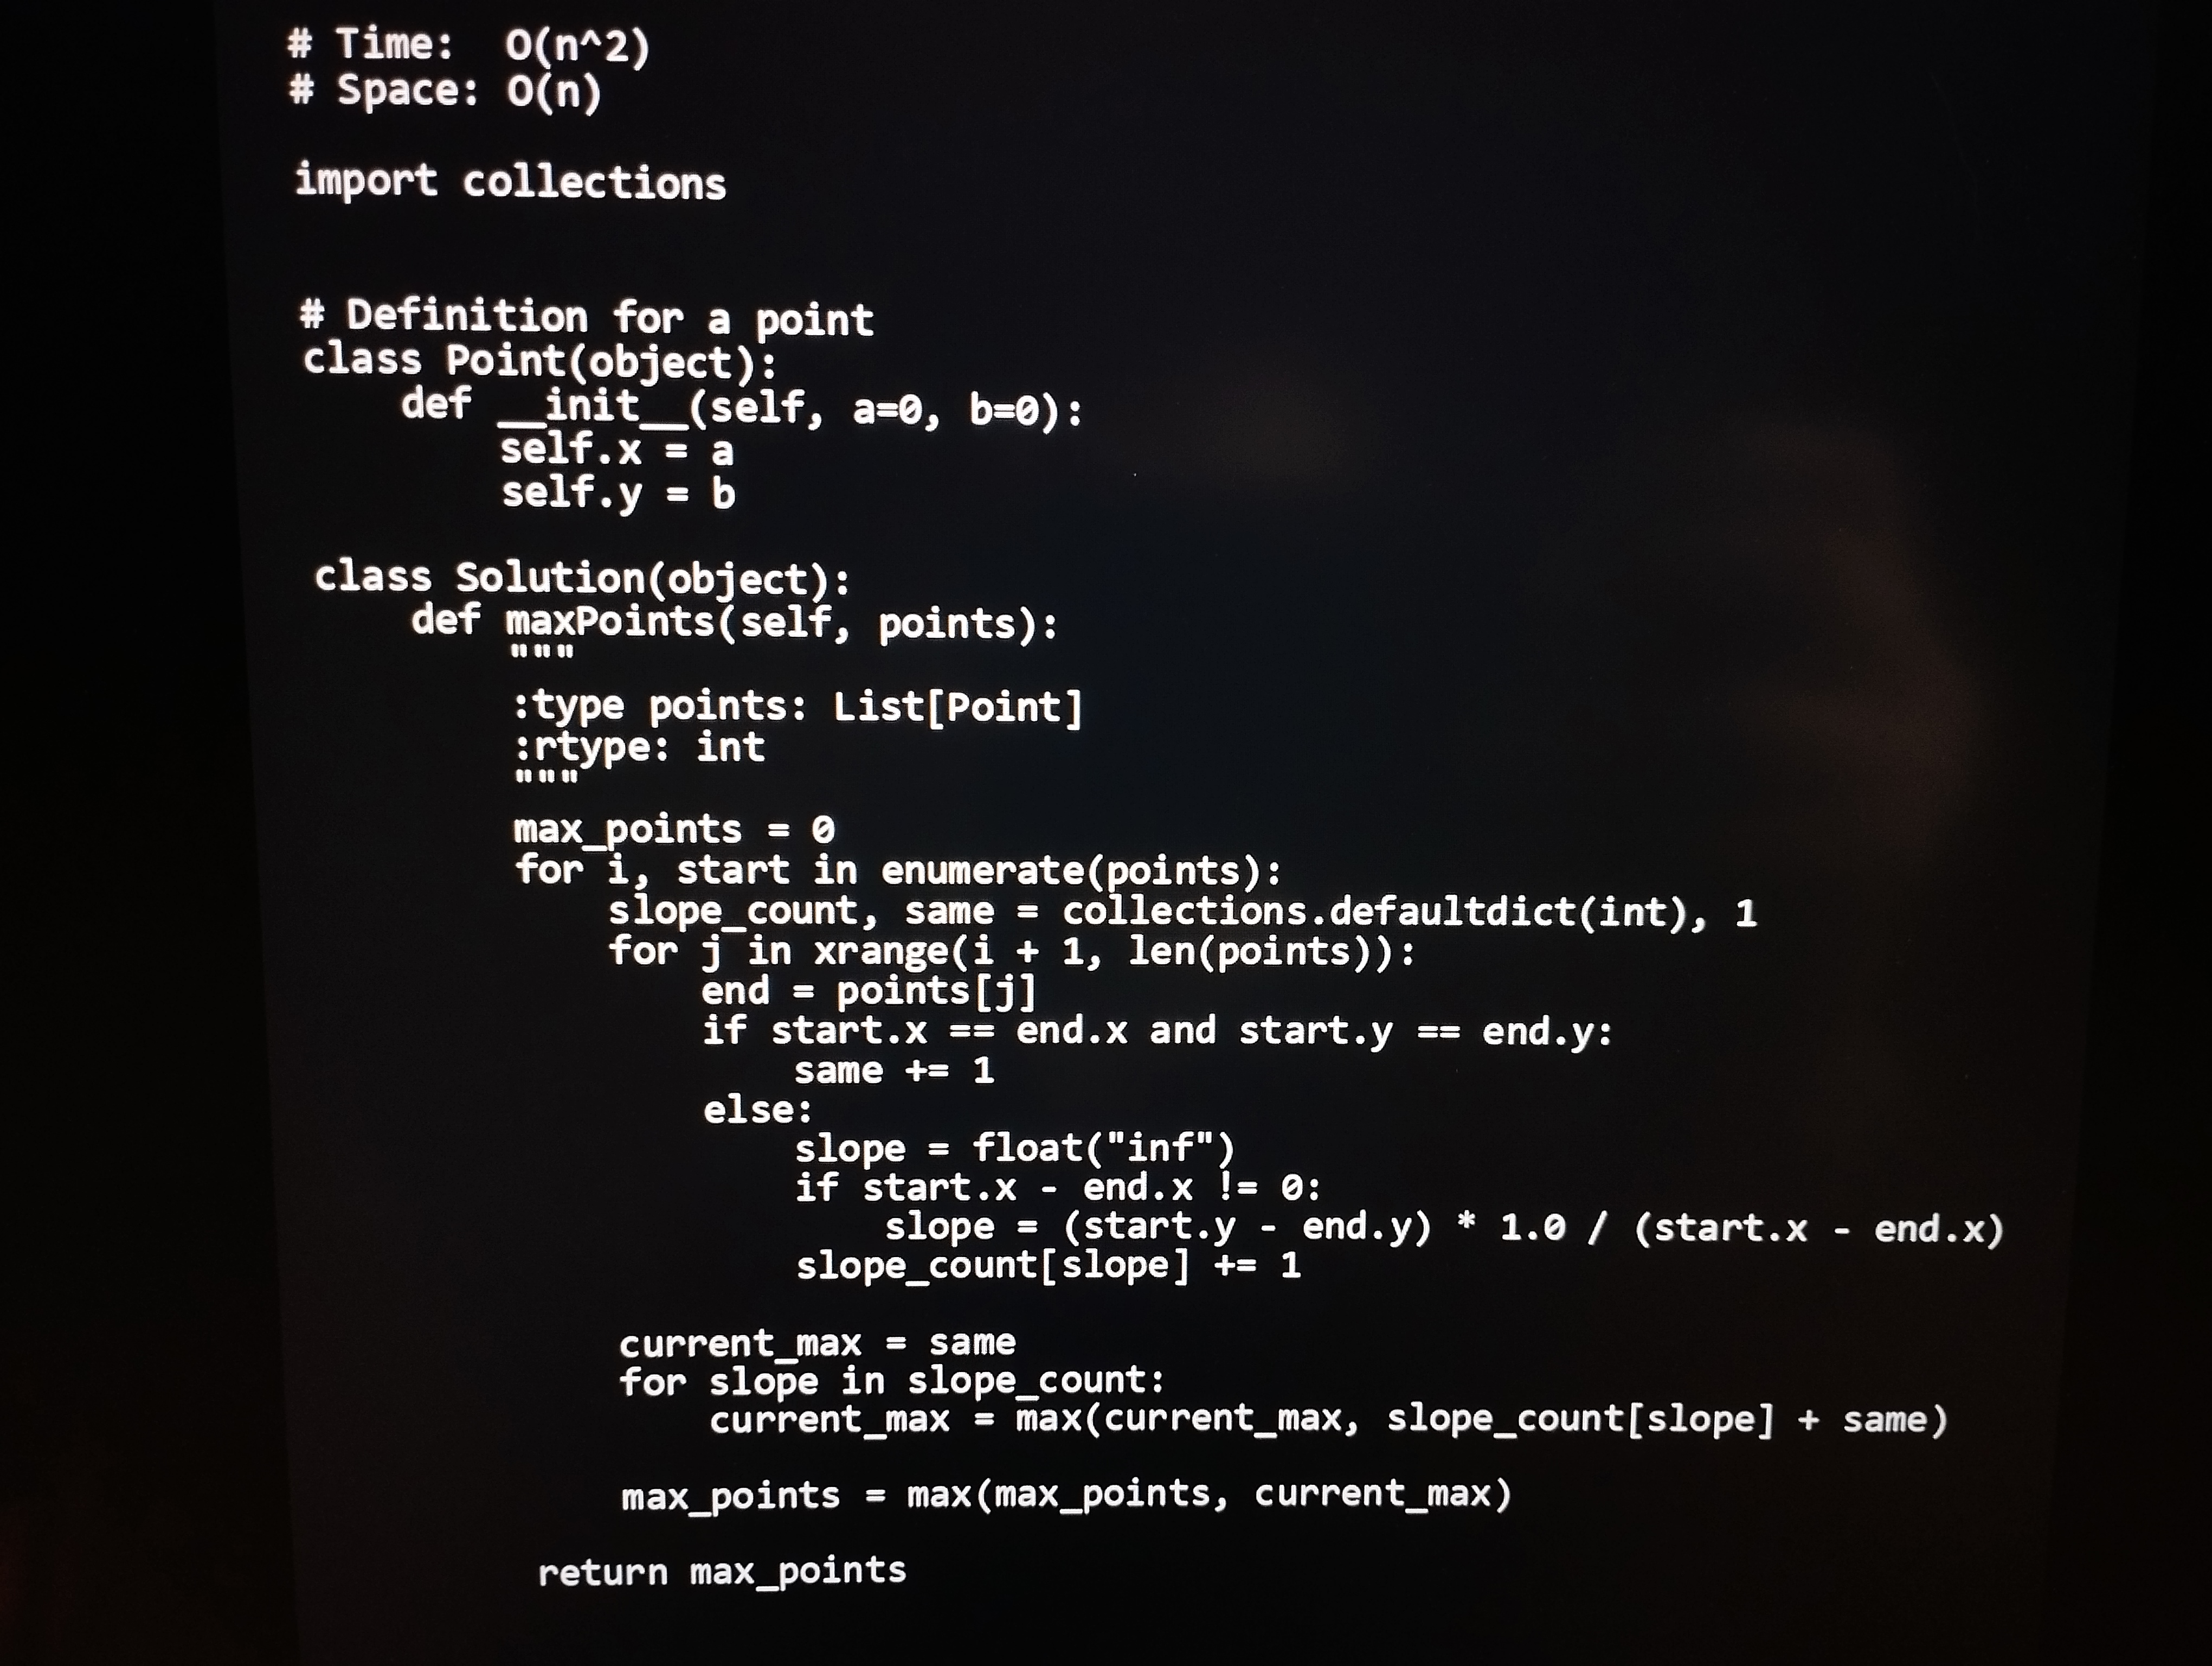
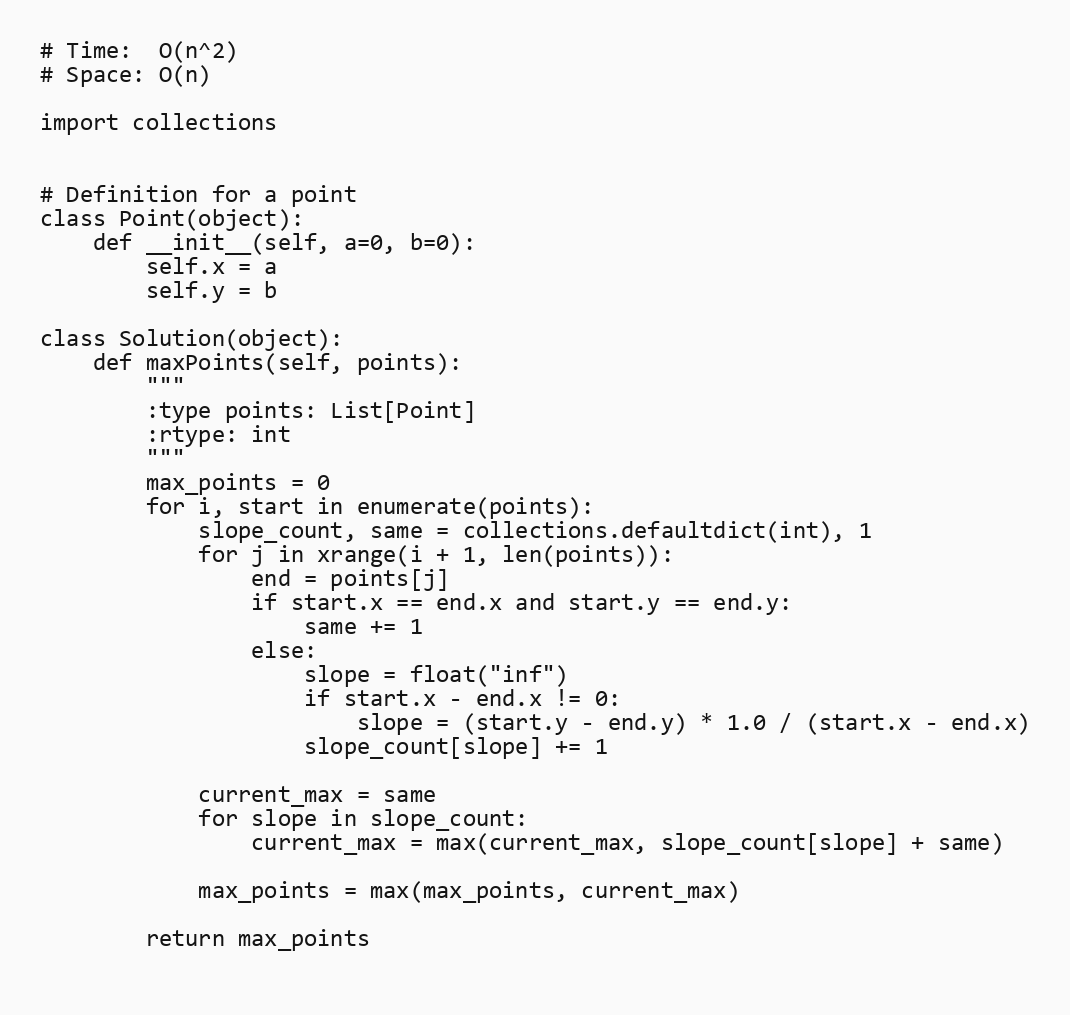
# Time:  O(n^2)
# Space: O(n)

import collections

# Definition for a point
class Point(object):
    def __init__(self, a=0, b=0):
        self.x = a
        self.y = b

class Solution(object):
    def maxPoints(self, points):
        """
        :type points: List[Point]
        :rtype: int
        """
        max_points = 0
        for i, start in enumerate(points):
            slope_count, same = collections.defaultdict(int), 1
            for j in xrange(i + 1, len(points)):
                end = points[j]
                if start.x == end.x and start.y == end.y:
                    same += 1
                else:
                    slope = float("inf")
                    if start.x - end.x != 0:
                        slope = (start.y - end.y) * 1.0 / (start.x - end.x)
                    slope_count[slope] += 1

            current_max = same
            for slope in slope_count:
                current_max = max(current_max, slope_count[slope] + same)

            max_points = max(max_points, current_max)

        return max_points